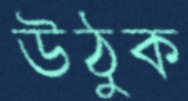
উঠুক